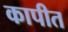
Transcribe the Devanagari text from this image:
कापीत